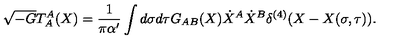
\sqrt { - G } T _ { A } ^ { A } ( X ) = \frac { 1 } { \pi \alpha ^ { \prime } } \int d \sigma d \tau G _ { A B } ( X ) { \dot { X } } ^ { A } { \dot { X } } ^ { B } \delta ^ { ( 4 ) } ( X - X ( \sigma , \tau ) ) .